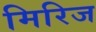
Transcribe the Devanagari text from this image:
मिरिज